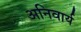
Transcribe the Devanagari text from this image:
अनिवार्य